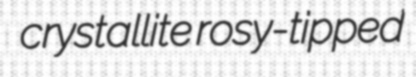
crystallite rosy-tipped